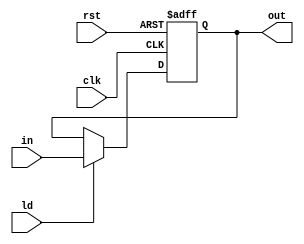
module ui_reg(clk,rst,in,ld,out);
  input clk,rst,ld;
  input [1:0] in;
  output [1:0] out;
  reg [1:0] val;
  always@(posedge clk , posedge rst)
  begin
    if(rst)
      val <= 2'b0;
    else if(ld)
      val <= in;
  end
  assign out=val;
endmodule